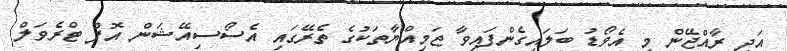
އަދި ރާއްޖޭން މި އެވޯޑު ބަލައިގެންފައިވާ ޖަމިއްޔާތަކުގެ ތެރޭގައި އެސޯސިއޭޝަން އޮފް ޓްރެވަލް